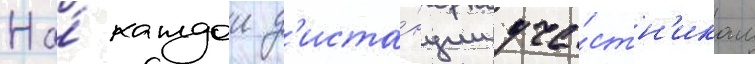
На́ каждои д'иста́нции уча́стн'икам